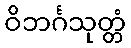
ဝိဘင်္ဂသုတ္တံ